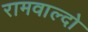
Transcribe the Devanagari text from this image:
रामवाल्दो